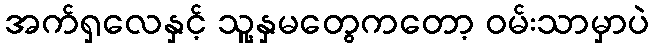
အက်ရှလေနှင့် သူ့နှမတွေကတော့ ဝမ်းသာမှာပဲ